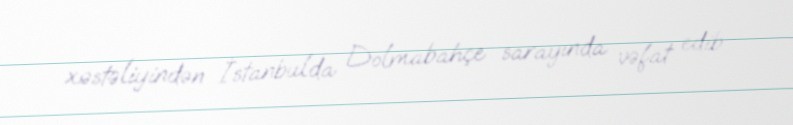
xəstəliyindən İstanbulda Dolmabahçe sarayında vəfat edib.